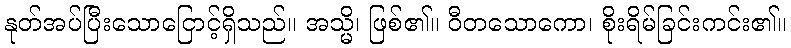
နုတ်အပ်ပြီးသောငြောင့်ရှိသည်။ အသ္မိ၊ ဖြစ်၏။ ဝီတသောကော၊ စိုးရိမ်ခြင်းကင်း၏။